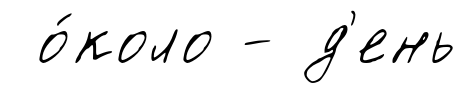
о́коло - д'ень